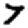
Digit: 7